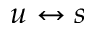
u \leftrightarrow s